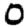
Digit: 0